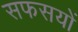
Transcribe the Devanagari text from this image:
सफसयों